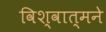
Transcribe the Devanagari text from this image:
विश्वात्मने